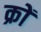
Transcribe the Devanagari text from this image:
क्रों